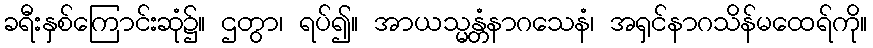
ခရီးနှစ်ကြောင်းဆုံ၌။ ဌတွာ၊ ရပ်၍။ အာယသ္မန္တံနာဂသေနံ၊ အရှင်နာဂသိန်မထေရ်ကို။